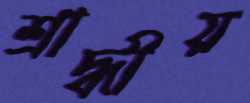
শ্রাদ্ধীয়